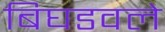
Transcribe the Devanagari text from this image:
बिघडवले